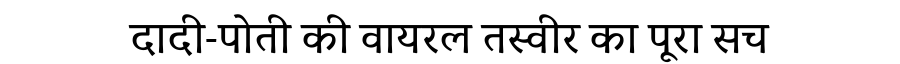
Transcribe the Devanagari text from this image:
दादी-पोती की वायरल तस्वीर का पूरा सच